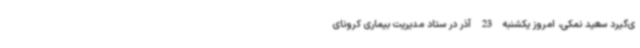
ی‌گیرد سعید نمکی، امروز یکشنبه 23 آذر در ستاد مدیریت بیماری کرونای